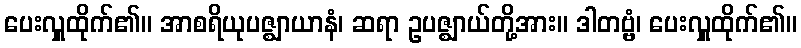
ပေးလှူထိုက်၏။ အာစရိယုပဇ္ဈာယာနံ၊ ဆရာ ဥပဇ္ဈာယ်တို့အား။ ဒါတဗ္ဗံ၊ ပေးလှူထိုက်၏။